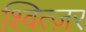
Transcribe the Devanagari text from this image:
श्वित्ज़र